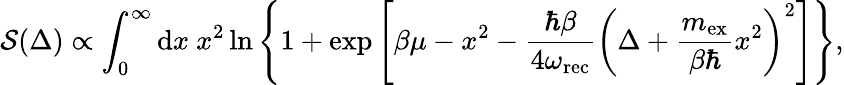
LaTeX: \mathcal{S}(\Delta)\propto\int_{0}^{\infty}\mathrm{d}x\ x^{2}\ln\left\{ 1+\exp\left[\beta\mu-x^{2}-\frac{\hbar\beta}{4\omega_{\mathrm{rec}}}\left(\Delta+\frac{m_{\mathrm{ex}}}{\beta\hbar}x^{2}\right)^{2}\right]\right\} ,